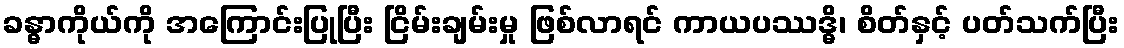
ခန္ဓာကိုယ်ကို အကြောင်းပြုပြီး ငြိမ်းချမ်းမှု ဖြစ်လာရင် ကာယပဿဒ္ဓိ၊ စိတ်နှင့် ပတ်သက်ပြီး